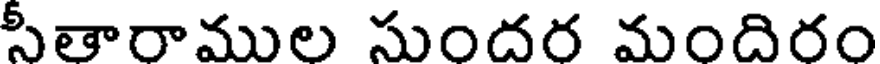
సీతారాముల సుందర మందిరం